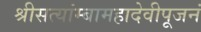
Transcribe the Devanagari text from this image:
श्रीसत्यांम्बामहादेवीपूजनं